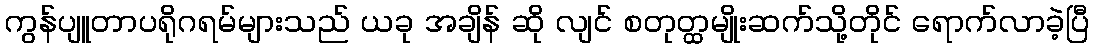
ကွန်ပျူတာပရိုဂရမ်များသည် ယခု အချိန် ဆို လျင် စတုတ္ထမျိုးဆက်သို့တိုင် ရောက်လာခဲ့ပြီ